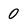
Character: 0